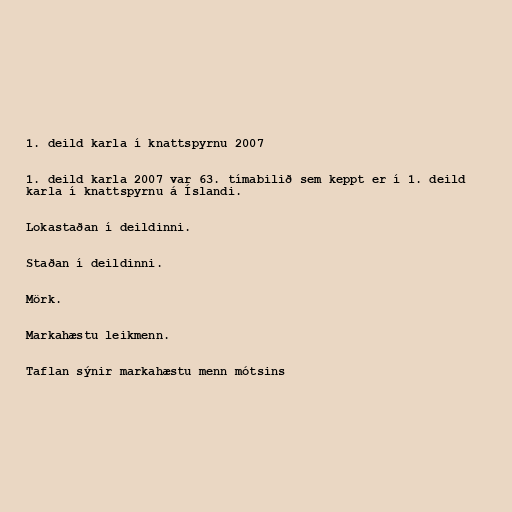
1. deild karla í knattspyrnu 2007

1. deild karla 2007 var 63. tímabilið sem keppt er í 1. deild
karla í knattspyrnu á Íslandi.

Lokastaðan í deildinni.

Staðan í deildinni.

Mörk.

Markahæstu leikmenn.

Taflan sýnir markahæstu menn mótsins